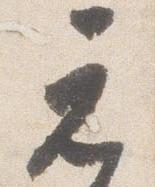
元